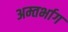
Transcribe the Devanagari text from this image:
अम्तर्भाग